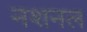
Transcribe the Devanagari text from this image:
नशनल